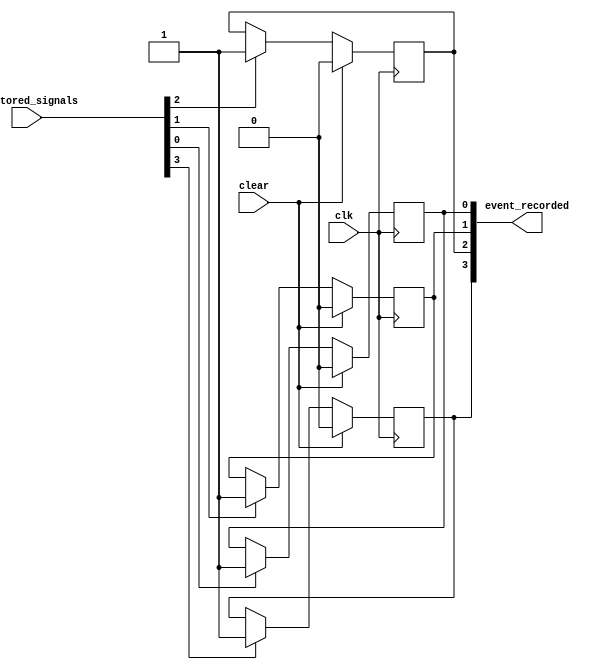
module record_events
#(
parameter numchannels=4
) 
(
input [numchannels-1:0] monitored_signals,
input clk,
input clear,
output reg [numchannels-1:0] event_recorded
);

genvar i;
generate
         for (i = 0; i < numchannels; i = i + 1)
		 begin : individual_event_record
               always @(posedge clk)
			   begin
			         if (clear)
					 begin
					       event_recorded[i] <= 0;
					 
					 end else
					 begin
					      if (monitored_signals[i])
						  begin
					            event_recorded[i] <= 1;
						  end					 
					 end			   
			   end				 
		 end
endgenerate


endmodule